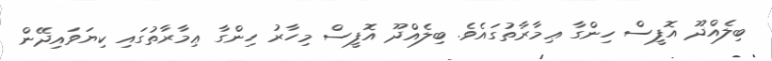
ބިލެއްދޫ އޮފީސް ހިންގާ ޢިމާރާތުގައެވެ. ބިލެއްދޫ އޮފީސް މިހާރު ހިންގާ ޢިމާރާތުގައި ކިޔަވައިދޭން